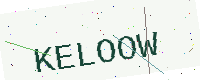
Text: KELOOW